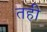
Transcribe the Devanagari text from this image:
तही